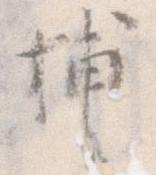
捕